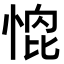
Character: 𭝰